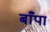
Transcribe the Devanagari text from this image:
बाँपा